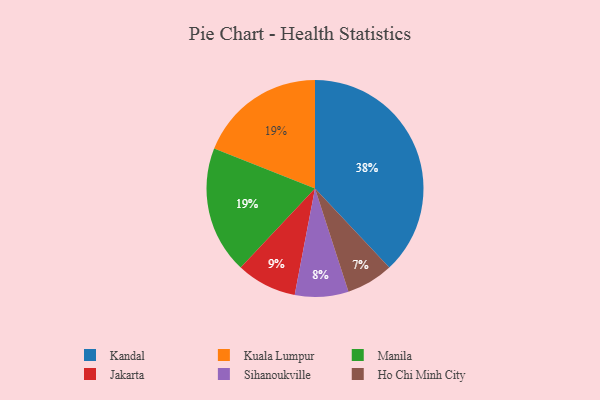
{"axis": {"x": "Category", "y": "Percentage"}, "legend": ["Ho Chi Minh City", "Jakarta", "Kandal", "Kuala Lumpur", "Manila", "Sihanoukville"], "data": [{"x": "Ho Chi Minh City", "y": 7, "type": "Ho Chi Minh City"}, {"x": "Jakarta", "y": 9, "type": "Jakarta"}, {"x": "Kandal", "y": 38, "type": "Kandal"}, {"x": "Kuala Lumpur", "y": 19, "type": "Kuala Lumpur"}, {"x": "Manila", "y": 19, "type": "Manila"}, {"x": "Sihanoukville", "y": 8, "type": "Sihanoukville"}]}